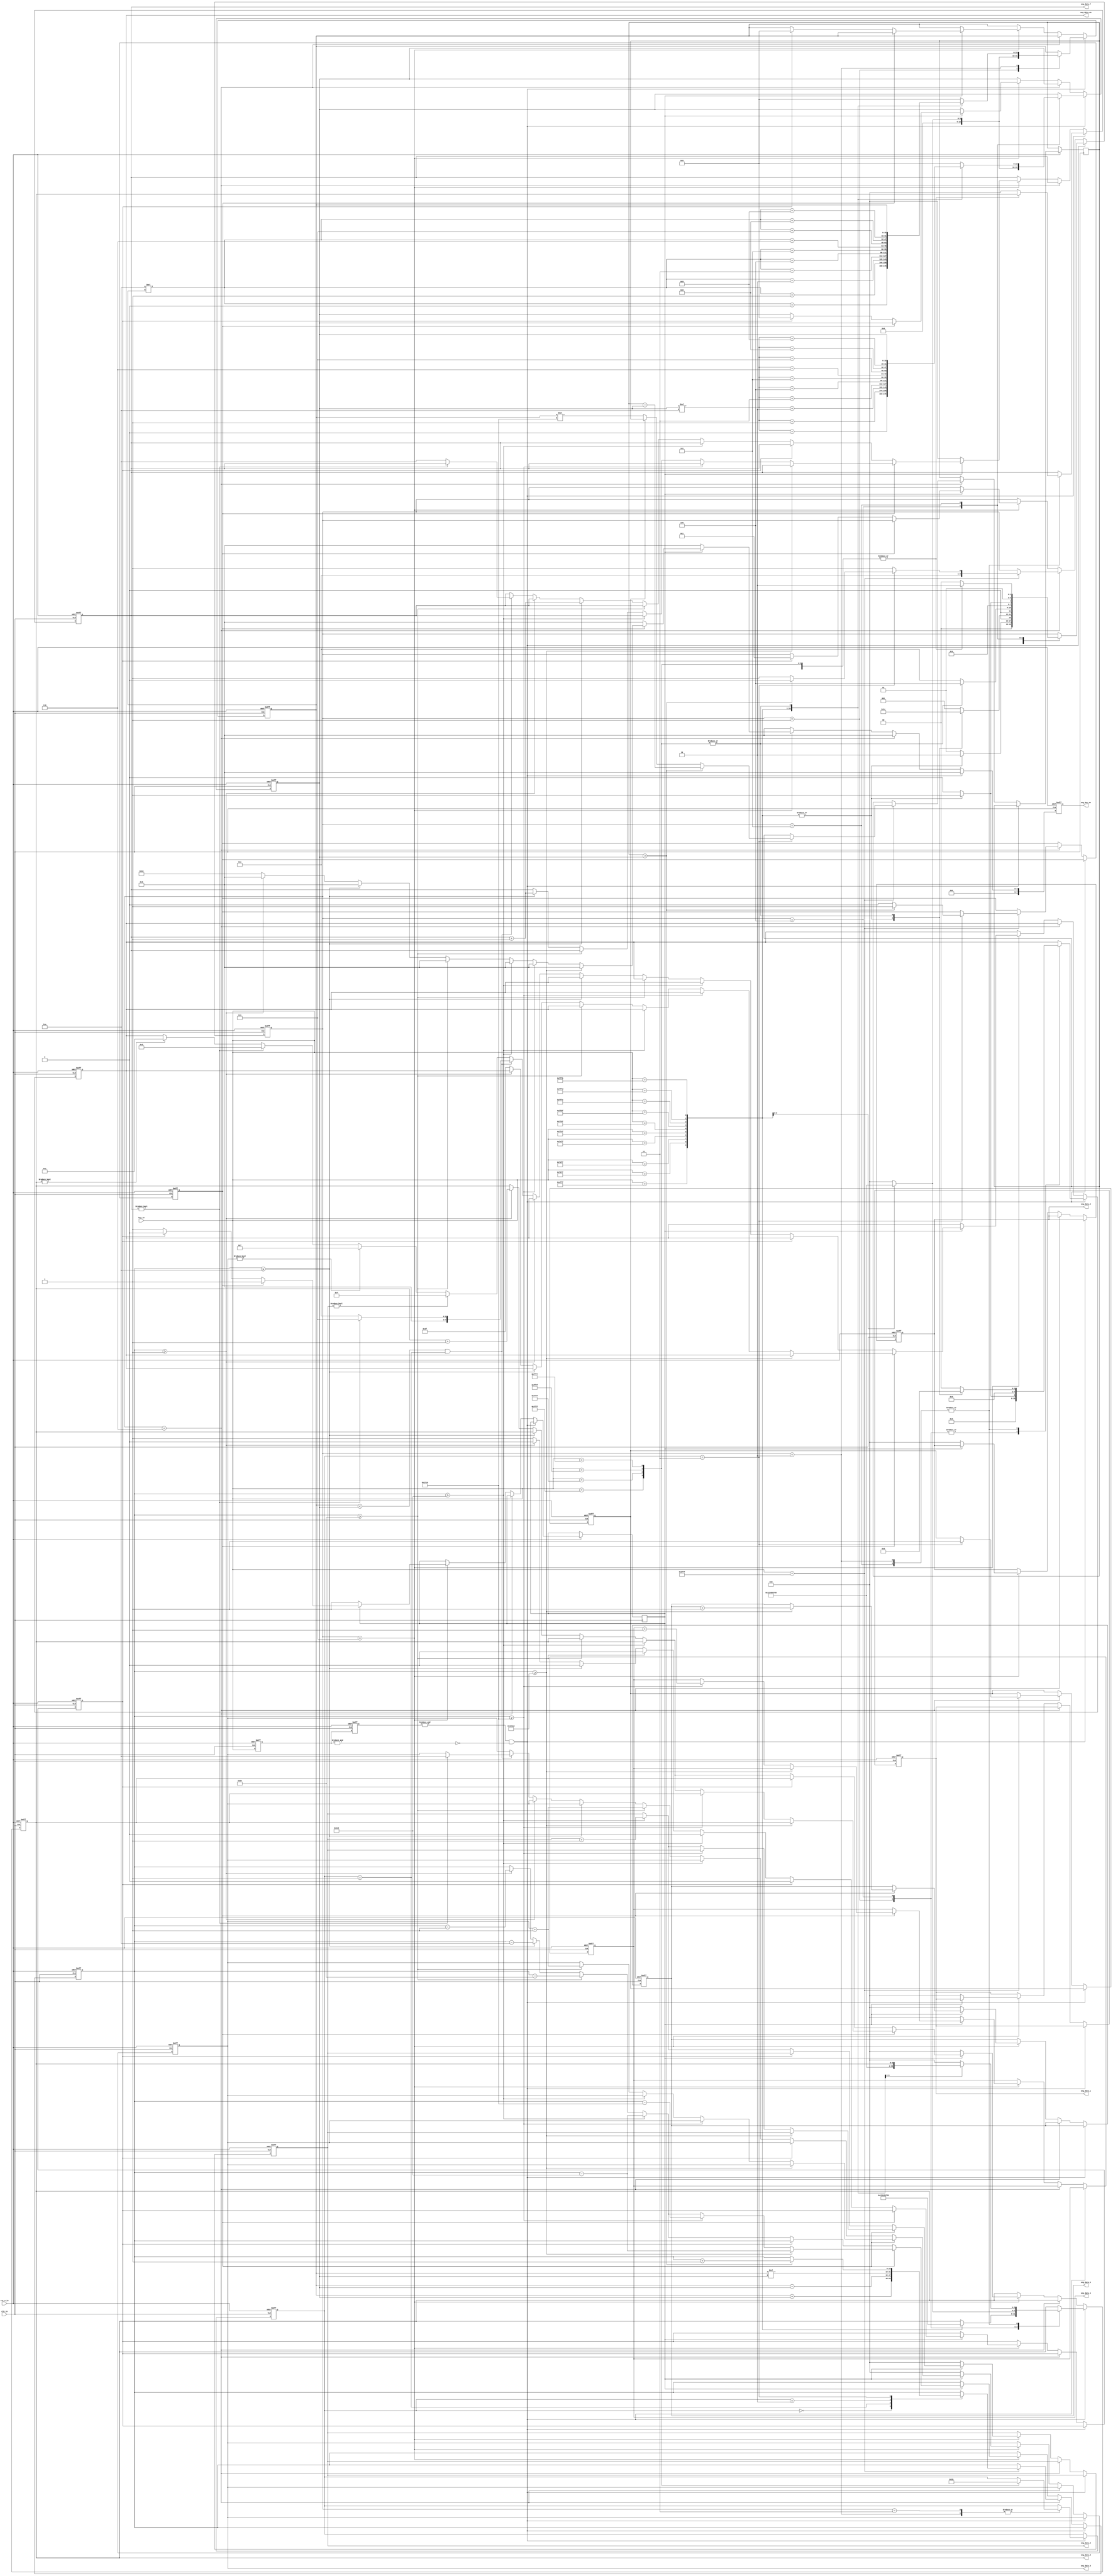
module calculate
(
	input					clk_in,			//
	input					rst_n_in,		//
	input		[15:0]	    key_in,	    	//
	
	output reg	[3:0]	    seg_data_1,	    	//SEG1 
    output reg	[3:0]	    seg_data_2,	    	//SEG2 
    output reg	[3:0]	    seg_data_3,	       	//SEG3 
    output reg	[3:0]	    seg_data_4,	    	//SEG4 
    output reg	[3:0]	    seg_data_5,	    	//SEG5 
    output reg	[3:0]	    seg_data_6,		    //SEG6 
    output reg	[3:0]	    seg_data_7,		    //SEG6 
    output reg	[3:0]	    seg_data_8,		    //SEG6 
    output reg	[7:0]	    seg_data_en,    	//[MSB~LSB]=[SEG8~SEG1]
    output reg 	[7:0]	    seg_dot_en	    	//[MSB~LSB]=[SEG8~SEG1]
	
);
    //
    localparam ZERO  = 16'b1110111111111111;  //0
    localparam ONE   = 16'b1111101111111111;  //1
    localparam TWO   = 16'b1111110111111111;  //2
    localparam THREE = 16'b1111111011111111;  //3
    localparam FOUR  = 16'b1111111111101111;  //4
    localparam FIVE  = 16'b1111111111011111;  //5
    localparam SIX   = 16'b1111111110111111;  //6
    localparam SEVEN = 16'b1111111111111110;  //7
    localparam EIGHT = 16'b1111111111111101;  //8
    localparam NINE  = 16'b1111111111111011;  //9
    localparam PLUS  = 16'b0111111111111111;  //+
    localparam MINUS = 16'b1111011111111111;  //-
    localparam MUL   = 16'b1111111101111111;  //
    localparam DIV   = 16'b1111111111110111;  //
    localparam EQL   = 16'b1011111111111111;  //=
    
    //
    localparam STATE1 =4'b0001;//
    localparam STATE2 =4'b0010;//
    localparam STATE3 =4'b0011;//
    localparam STATE4 =4'b0100;//
    localparam STATE5 =4'b0101;//
    localparam STATE6 =4'b0110;//
    localparam STATE7 =4'b0111;//
    
    //
    localparam STATE_PLUS  =2'b00;//
    localparam STATE_MINUS =2'b01;//
    localparam STATE_MUL   =2'b10;//
    localparam STATE_DIV   =2'b11;//
    
    reg [15:0]num1;
    reg [15:0]num2;
    reg [15:0]answer;
    
    reg [3:0]state;//
    reg [1:0]state_o;//
    
    reg [15:0]pre_key_in;
    reg [15:0]now_key_in;
    
    wire key_in_state;
    
    always@(posedge clk_in or negedge rst_n_in) begin
    if(!rst_n_in) begin
        now_key_in <= 16'b0;
        pre_key_in <= 16'b0;
    end else begin
        now_key_in <= key_in;
        pre_key_in <= now_key_in;
    end
    end
    
    assign key_in_state = (&pre_key_in)&(~(&now_key_in));    //
    
    reg [15:0]  num1_1;//num1100
    
    reg [19:0]answer_r;
    
    reg [3:0]answer_001num = 4'b0;
    reg [3:0]answer_01num = 4'b0;
    reg [3:0]answer_1num = 4'b0;
    reg [3:0]answer_10num = 4'b0;
    reg [3:0]answer_100num = 4'b0;
    reg [3:0]answer_1000num = 4'b0;
    
    reg DIV_flag = 1'b0;//
    reg minus_flag = 1'b0;//
    reg done_flag = 1'b0;//
    reg mul_flag = 1'b0;
    
    reg temp = 1'b0;
    reg qidong_state = 1'b0;
    
always@(posedge clk_in or negedge rst_n_in) begin
	if(!rst_n_in) begin	//
		state <= STATE1;
		state_o <= 2'b0;
		num1 <= 16'b0;
		num2 <= 16'b0;
		seg_data_1 <= 4'b0;
		seg_data_2 <= 4'b0;
		seg_data_3 <= 4'b0;
		seg_data_4 <= 4'b0;
		seg_data_5 <= 4'b0;
		seg_data_6 <= 4'b0;
		seg_data_7 <= 4'b0;
		seg_data_8 <= 4'b0;
		seg_data_en<= 8'b11111111;
		seg_dot_en <= 8'b0;
		answer <= 14'b0;
		
		answer_r <= 20'b0;
        answer_001num <= 4'b0;
        answer_01num <= 4'b0;
        answer_1num <= 4'b0;
        answer_10num <= 4'b0;
        answer_100num <= 4'b0;
        answer_1000num <= 4'b0;
        seg_data_en <= 8'b0;
        seg_dot_en <= 8'b0;
        DIV_flag <= 1'b0;
        done_flag <= 1'b0;
        minus_flag <= 1'b0;
        mul_flag <= 1'b0;
        qidong_state <= 1'b0;
		
	end else begin
	    seg_dot_en <= 8'b0;
	    if(key_in_state ) begin
    		case(state)
    		STATE1:begin
    			    state <= STATE2;
    			    seg_data_en <= 8'b00000001;
    				case(key_in)
    				    ZERO: begin    
    				        seg_data_8 <= 4'd0;
    				        num1<=16'd0;end
    				    ONE : begin    
    				        seg_data_8 <= 4'd1;
    				        num1<=16'd1;end
    				    TWO :   begin    
    				        seg_data_8 <= 4'd2;
    				        num1<=16'd2;end
    				    THREE :  begin    
    				        seg_data_8 <= 4'd3;
    				        num1<=16'd3;end
    				    FOUR :   begin    
    				        seg_data_8 <= 4'd4;
    				        num1<=16'd4;end
    				    FIVE :  begin    
    				        seg_data_8 <= 4'd5;
    				        num1<=16'd5;end
    				    SIX :   begin    
    				        seg_data_8 <= 4'd6;
    				        num1<=16'd6;end
    				    SEVEN :begin    
    				        seg_data_8 <= 4'd7;
    				        num1<=16'd7;end
    				    EIGHT : begin    
    				        seg_data_8 <= 4'd8;
    				        num1<=16'd8;end
    				    NINE :   begin    
    				        seg_data_8 <= 4'd9;
    				        num1<=16'd9;end
    				    default : begin 
    				        state <= STATE1;
    				        seg_data_en <= 8'b0;
    				        num1<=0;
    				        end
    				endcase
    		end
    			
    		STATE2:begin
    				state <= STATE3;
    			    seg_data_7 <= seg_data_8;
    				case(key_in)
    				    ZERO:  begin   
        				    seg_data_8 <= 4'd0;
        				    num1<=(16'd10*num1) + 16'd0;
        				    seg_data_en <= 8'b00000011;end
    				    ONE : begin   
        				    seg_data_8 <= 4'd1;
        				    num1<=(16'd10*num1) + 16'd1;
        				    seg_data_en <= 8'b00000011;end
    				    TWO :  begin   
        				    seg_data_8 <= 4'd2;
        				    num1<=(16'd10*num1) + 16'd2;
        				    seg_data_en <= 8'b00000011;end
    				    THREE :  begin   
        				    seg_data_8 <= 4'd3;
        				    num1<=(16'd10*num1) + 16'd3;
        				    seg_data_en <= 8'b00000011;end
    				    FOUR :  begin   
        				    seg_data_8 <= 4'd4;
        				    num1<=(16'd10*num1) + 16'd4;
        				    seg_data_en <= 8'b00000011;end
        				FIVE :  begin    
    				        seg_data_8 <= 4'd5;
    				        num1<=(16'd10*num1) + 16'd5;
    				        seg_data_en <= 8'b00000011;end
    				    SIX :   begin   
        				    seg_data_8 <= 4'd6;
        				    num1<=(16'd10*num1) + 16'd6;
        				    seg_data_en <= 8'b00000011;end
    				    SEVEN :  begin   
        				    seg_data_8 <= 4'd7;
        				    num1<=(16'd10*num1) + 16'd7;
        				    seg_data_en <= 8'b00000011;end
    				    EIGHT :  begin   
        				    seg_data_8 <= 4'd8;
        				    num1<=(16'd10*num1) + 16'd8;
        				    seg_data_en <= 8'b00000011;end
    				    NINE :  begin   
        				    seg_data_8 <= 4'd9;
        				    num1<=(16'd10*num1) + 16'd9;
        				    seg_data_en <= 8'b00000011;end
        				PLUS :begin
        				    num1 <= num1;
        				    seg_data_en <= 8'b00000001;
    				        state <= STATE4;
    				        state_o <= STATE_PLUS;
    				        end
    				    MINUS :begin
    				        num1 <= num1;
        				    seg_data_en <= 8'b00000001;
    				        state <= STATE4;
    				        state_o <= STATE_MINUS;
    				        end
    			        MUL :begin
    			            num1 <= num1;
        				    seg_data_en <= 8'b00000001;
    				        state <= STATE4;
    				        state_o <= STATE_MUL;
    				        end
    			        DIV :begin
    			            num1 <= num1;
        				    seg_data_en <= 8'b00000001;
    				        state <= STATE4;
    				        state_o <= STATE_DIV;
    				        end
    				    default : begin 
    				        state <= STATE1;
    				        seg_data_en <= 8'b0;
    				        seg_data_7 <= 4'b0;
    				        seg_data_8 <= 4'b0;
    				        num1<=0;
    				        end
    				endcase
    				// num1 <= seg_data_7 * 4'd10 + seg_data_8;
    		end
    			
    		STATE3:begin
    			    state <= STATE4;
    			    case(key_in)
    			        PLUS :  state_o <= STATE_PLUS;
    			        MINUS : state_o <= STATE_MINUS;
    			        MUL :   state_o <= STATE_MUL;
    			        DIV :   state_o <= STATE_DIV;
    			        default : state <= STATE3;
    			    endcase
    		end
    			
    		STATE4:begin
    			    state <= STATE5;
    			    seg_data_en <= 8'b00000001;
    			    seg_data_8 <= 4'b0;
    			    case(key_in)
    				    ZERO: begin
    				        seg_data_8 <= 4'd0;
    				        num2<=16'd0;end
    				    ONE :   begin
    				        seg_data_8 <= 4'd1;
    				        num2<=16'd1;end
    				    TWO :   begin
    				        seg_data_8 <= 4'd2;
    				        num2<=16'd2;end
    				    THREE :  begin
    				        seg_data_8 <= 4'd3;
    				        num2<=16'd3;end
    				    FOUR :   begin
    				        seg_data_8 <= 4'd4;
    				        num2<=16'd4;end
    				    FIVE :  begin
    				        seg_data_8 <= 4'd5;
    				        num2<=16'd5;end
    				    SIX :    begin
    				        seg_data_8 <= 4'd6;
    				        num2<=16'd6;end
    				    SEVEN : begin
    				        seg_data_8 <= 4'd7;
    				        num2<=16'd7;end
    				    EIGHT :  begin
    				        seg_data_8 <= 4'd8;
    				        num2<=16'd8;end
    				    NINE :  begin
    				        seg_data_8 <= 4'd9;
    				        num2<=16'd9;end
    				   
    				    default : begin 
    				        state <= STATE4;
    				        seg_data_en <= 8'b0;
    				        num2<=0;
    				        end
    				endcase
    		end
    			
    		STATE5:begin
    			    state <= STATE6;
    			    seg_data_7 <= seg_data_8;
    				case(key_in)
    				    ZERO:  begin
    				        seg_data_8 <= 4'd0;
    				        num2<=(num2*16'd10) + 16'd0;
    				        seg_data_en <= 8'b00000011;end
    				    ONE :   begin
    				        seg_data_8 <= 4'd1;
    				        num2<=(num2*16'd10) +16'd1;
    				        seg_data_en <= 8'b00000011;end
    				    TWO :    begin
    				        seg_data_8 <= 4'd2;
    				        num2<=(num2*16'd10) + 16'd2;
    				        seg_data_en <= 8'b00000011;end
    				    THREE :  begin
    				        seg_data_8 <= 4'd3;
    				        num2<=(num2*16'd10) + 16'd3;
    				        seg_data_en <= 8'b00000011;end
    				    FOUR :   begin
    				        seg_data_8 <= 4'd4;
    				        num2<=(num2*16'd10)+16'd4;
    				        seg_data_en <= 8'b00000011;end
    				    FIVE :  begin
    				        seg_data_8 <= 4'd5;
    				        num2<=(num2*16'd10)+16'd5;
    				        seg_data_en <= 8'b00000011;end
    				    SIX :   begin
    				        seg_data_8 <= 4'd6;
    				        num2<=(num2*16'd10)+16'd6;
    				        seg_data_en <= 8'b00000011;end
    				    SEVEN : begin
    				        seg_data_8 <= 4'd7;
    				        num2<=(num2*16'd10)+16'd7;
    				        seg_data_en <= 8'b00000011;end
    				    EIGHT : begin
    				        seg_data_8 <= 4'd8;
    				        num2<=(num2*16'd10)+16'd8;
    				        seg_data_en <= 8'b00000011;end
    				    NINE :   begin
    				        seg_data_8 <= 4'd9;
    				        num2<=(num2*16'd10)+16'd9;
    				        seg_data_en <= 8'b00000011;end
    				    PLUS :begin
        				    num2 <= num2;
        				    seg_data_en <= 8'b00000001;
    				        end
    				    MINUS :begin
    				        num2 <= num2;
        				    seg_data_en <= 8'b00000001;
    				        end
    			        MUL :begin
    			            num2 <= num2;
        				    seg_data_en <= 8'b00000001;
    				        end
    			        DIV :begin
    			            num2 <= num2;
        				    seg_data_en <= 8'b00000001;
    				        end
    				        
    				    default : begin 
    				        state <= STATE4;
    				        seg_data_en <= 8'b0;
    				        seg_data_7 <= 4'b0;
    				        seg_data_8 <= 4'b0;
    				        num2<=0;
    				        end
    				endcase
    		end
    			
    		
    			
    		endcase
		end
		else begin
    		if(state==STATE6) begin
        		       if(key_in == EQL)begin
            			    state <= STATE7;
            			    
            			    case(state_o)
                			    STATE_PLUS:begin
                    			    answer <= num1 + num2;
                    			
                			    end
                			
                			    STATE_MINUS:begin
                    			    answer <= num1 - num2;
                    			
                			    end
                			    
                			    STATE_MUL:begin
                    			    answer <= num1 * num2;
                    			   
                			    end
                			    
                			    STATE_DIV:begin
                			        qidong_state <= 1'b1;
                    			    DIV_flag <= 1'b1;
                    			    if(!mul_flag)begin
                    			        num1_1 <= num1 * 16'd10000;
                    			        mul_flag <= 1'b1;
                    			        state <= STATE6;
                    			        end
                    			    if(num1_1>num2)begin
                    			        answer <= answer +16'b1;
                    			        num1_1 <= num1_1 - num2;
                    			        state <= STATE6;
                    			    end else begin
                    			        DIV_flag <= 1'b0;
                    			        qidong_state <= 1'b0;
                    			        state <= STATE7;
                    			    end
                			        
                			    end
            			    endcase
        			  end
        			 
        	end
        			
        	else if(state==STATE7) begin
        		qidong_state <= 1'b1;
        		    if(temp==0)begin
                        seg_data_5 <= 4'd0;
                        seg_data_6 <= 4'd0;
                        seg_data_7 <= 4'd0;
                        seg_data_8 <= 4'd0;
                        seg_data_1 <= 4'd0;
                        seg_data_2 <= 4'd0;
                        seg_data_3 <= 4'd0;
                        seg_data_4 <= 4'd0;
                        
                        temp<=1;
                        
                    end
        
                    else if(DIV_flag)begin//
                        if(answer>=20'd100000)begin
                        answer <= answer - 16'd1000;
                        seg_data_3<=seg_data_3 + 4'd1;
                       
                        end
                        else if(answer>=16'd10000 )begin
                            answer<=answer - 16'd10000;
                            seg_data_4<=seg_data_4 + 4'd1;
                        end
                        else if(answer>=16'd1000 )begin
                            answer<=answer - 16'd1000;
                            seg_data_5<=seg_data_5 + 4'd1;
                        end
                        else if(answer>=16'd100 )begin
                            answer<=answer - 16'd100;
                            seg_data_6<=seg_data_6 + 4'd1;
                        end
                        else if(answer>=16'd10 )begin
                            answer<=answer - 16'd10;
                            seg_data_7<=seg_data_7 + 4'd1;
                        end
                        else if(answer>=16'd1 )begin//
                            answer<=answer - 16'd1;
                            seg_data_8<=seg_data_8 + 4'd1;
                        end else begin
                            seg_data_en <= 8'b00111111;
                            seg_dot_en <= 8'b00010000;
                        end
        	            
        	    	end 
        	    	else if(done_flag==0) begin//
        	    	
        		        if(answer>=16'd1000)begin
                        answer <= answer - 16'd1000;
                        seg_data_5<=seg_data_5 + 4'd1;
                       
                        end
                        else if(answer>=16'd100 )begin
                            answer<=answer - 16'd100;
                            seg_data_6<=seg_data_6 + 4'd1;
                        end
                        else if(answer>=16'd10 )begin
                            answer<=answer - 16'd10;
                            seg_data_7<=seg_data_7 + 4'd1;
                        end
                        else if(answer>=16'd1 )begin//
                            answer<=answer - 16'd1;
                            seg_data_8<=seg_data_8 + 4'd1;
                        end
                        else begin
                            if(num1 < num2 && state_o == STATE_MINUS)begin
                                if(seg_data_7)begin
                                    seg_data_en<=8'b0000_0111;
                                    seg_data_6<=4'd10;
                                end
                                else begin
                                    seg_data_en<=8'b0000_0011;
                                    seg_data_7<=4'd10;
                                end
                                
                            end
                            else begin
                                if(seg_data_5)begin
                                    seg_data_en<=8'b0000_1111;
                                end
                                else if(seg_data_6)begin
                                    seg_data_en<=8'b0000_0111;
                                end
                                else if(seg_data_7)begin
                                    seg_data_en<=8'b0000_0011;
                                end
                                else if(seg_data_8)begin
                                    seg_data_en<=8'b0000_0001;
                                end
                            end
                            done_flag <= 1'b1;
                            
                        end
        
        		
        		    end
            		else begin
                    state <= STATE1;
               	    done_flag <= 1'b0;
               	    qidong_state <= 1'b0;
               	    temp<=0;
               	    num1<=0;
               	    num2<=0;
        		    end
        		end
		end
    end
end
    
    
    
    
    
    always@(posedge clk_in or negedge rst_n_in) begin
	if(!rst_n_in) begin	// 
	    
        
    end else begin
   
		
    end
    end
endmodule